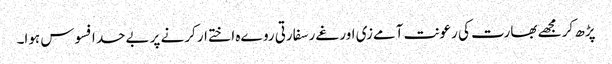
پڑھ کر مجھے بھارت کی رعونت آمےزی اور غےر سفارتی روےہ اختےار کرنے پر بےحد افسوس ہوا۔